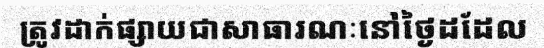
ត្រូវដាក់ផ្សាយជាសាធារណៈនៅថ្ងៃដដែល